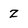
Character: z